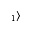
_ { 1 } \rangle